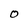
Character: O